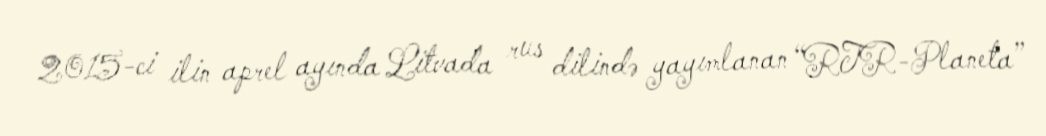
2015-ci ilin aprel ayında Litvada rus dilində yayımlanan “RTR-Planeta”